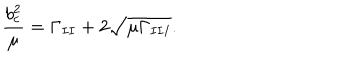
LaTeX: \frac { b _ { c } ^ { 2 } } { \mu } = \Gamma _ { I I } + 2 \sqrt { \mu \Gamma _ { I I I } } .